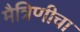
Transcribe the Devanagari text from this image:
मैत्रिणीचा